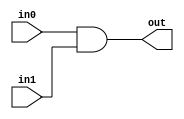
`timescale 1ns/100ps
module AND(in0, in1, out);
  input in0, in1;             //two inputs that should do the and operation
  output reg out;             //output of the operation

always @ (in0, in1)           //this block will work if changes hapennd to in0 and in1
 begin
    out = in0 & in1;
 end
 
  
endmodule